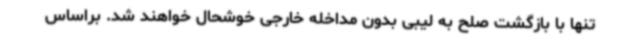
تنها با بازگشت صلح به لیبی بدون مداخله خارجی خوشحال خواهند شد. براساس